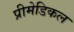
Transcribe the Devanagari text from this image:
प्रीमेडिकल